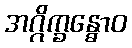
အဂ္ဂိက္ခန္ဓောဝ